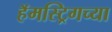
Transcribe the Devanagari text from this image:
हॅमस्ट्रिगच्या